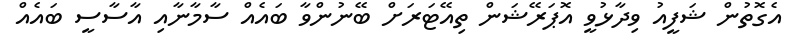
އެގޮތުން ޝަފީއު ވިދާޅުވީ އޮޕަރޭޝަން ތިއޭޓަރަށް ބޭނުންވާ ބައެއް ސާމާނާއި އާސާސީ ބައެއް